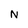
Character: N